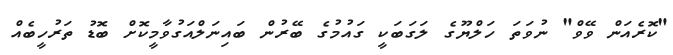
"ކޮރެއަން ވޭވް" ނުވަތަ ހަލްޔޫގެ ލަގަބަކީ ގައުމުގެ ބޭރުން ބައިނަލްއަގުވާމީކޮށް ބޮޑު ތަރުހީބެއް